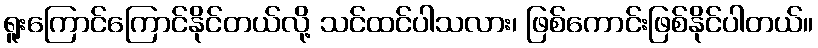
ရူးကြောင်ကြောင်နိုင်တယ်လို့ သင်ထင်ပါသလား၊ ဖြစ်ကောင်းဖြစ်နိုင်ပါတယ်။